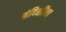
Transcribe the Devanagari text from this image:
बंदिशींना